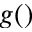
g ( \u )